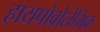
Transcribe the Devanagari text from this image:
हायपोवोलेमिक